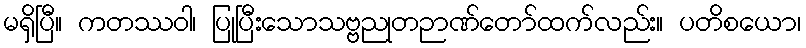
မရှိပြီ။ ကတဿဝါ၊ ပြုပြီးသောသဗ္ဗညုတဉာဏ်တော်ထက်လည်း။ ပတိစယော၊